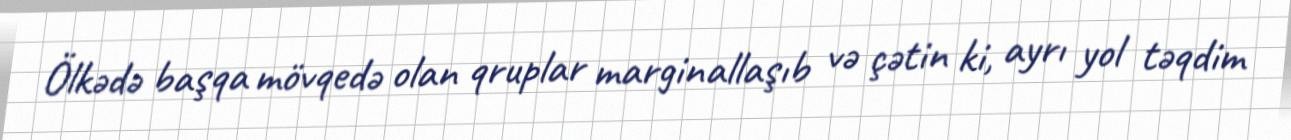
Ölkədə başqa mövqedə olan qruplar marginallaşıb və çətin ki, ayrı yol təqdim